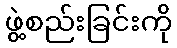
ဖွဲ့စည်းခြင်းကို